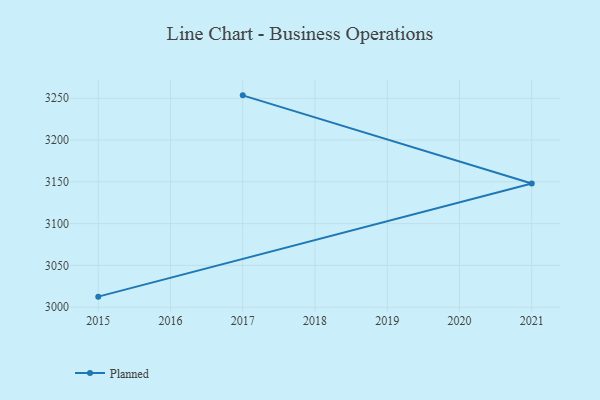
{"axis": {"x": "Year", "y": "Churn Rate (%)"}, "legend": ["Planned"], "data": [{"x": "2015", "y": 3012.6, "type": "Planned"}, {"x": "2021", "y": 3148.0, "type": "Planned"}, {"x": "2017", "y": 3253.5, "type": "Planned"}]}